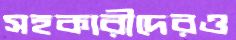
সহকারীদেরও